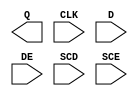
module sky130_fd_sc_hd__sedfxtp (
    Q  ,
    CLK,
    D  ,
    DE ,
    SCD,
    SCE
);

    output Q  ;
    input  CLK;
    input  D  ;
    input  DE ;
    input  SCD;
    input  SCE;

    // Voltage supply signals
    supply1 VPWR;
    supply0 VGND;
    supply1 VPB ;
    supply0 VNB ;

endmodule